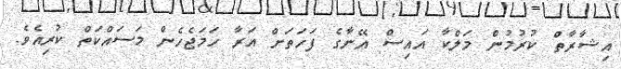
އިޝާރާތް ކުރުމުން މަލްކާ އައިސް އޭނާގެ ފަހަތަށް އަރާ ހަމަޖެހެން މަސައްކަތް ކުރިއެވެ.